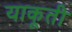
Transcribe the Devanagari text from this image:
याकूती